Cholera in southern India
Disease focus: Cholera
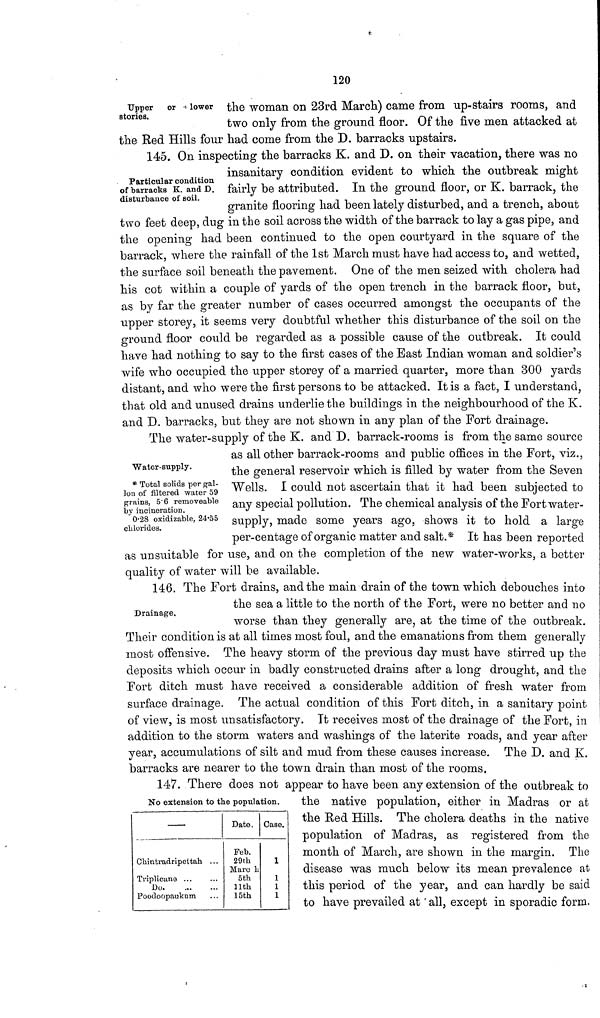
120
Upper
or lower
stories.
the woman on 23rd March) came from up-stairs rooms, and
two only from the ground floor. Of the five men attacked at
the Red Hills four had come from the D. barracks upstairs.
Particular condition
of barracks K. and D.
disturbance of soil.
145. On inspecting the barracks K. and D. on their vacation, there was no
insanitary condition evident to which the outbreak might
fairly be attributed. In the ground floor, or K. barrack, the
granite flooring had been lately disturbed, and a trench, about
two feet deep, dug in the soil across the width of the barrack to lay a gas pipe, and
the opening had been continued to the open courtyard in the square of the
barrack, where the rainfall of the 1st March must have had access to, and wetted,
the surface soil beneath the pavement. One of the men seized with cholera had
his cot within a couple of yards of the open trench in the barrack floor, but,
as by far the greater number of cases occurred amongst the occupants of the
upper storey, it seems very doubtful whether this disturbance of the soil on the
ground floor could be regarded as a possible cause of the outbreak. It could
have had nothing to say to the first cases of the East Indian woman and soldier's
wife who occupied the upper storey of a married quarter, more than 300 yards
distant, and who were the first persons to be attacked. It is a fact, I understand,
that old and unused drains underlie the buildings in the neighbourhood of the K.
and D. barracks, but they are not shown in any plan of the Fort drainage.
Water-supply.
* Total solids per gal-
lon of filtered water 59
grains, 5·6 removeable
by incineration.
0·28 oxidizable, 24·55
chlorides.
The water-supply of the K. and D. barrack-rooms is from the same source
as all other barrack-rooms and public offices in the Fort, viz.,
the general reservoir which is filled by water from the Seven
Wells. I could not ascertain that it had been subjected to
any special pollution. The chemical analysis of the Fort water-
supply, made some years ago, shows it to hold a large
per-centage of organic matter and salt.* It has been reported
as unsuitable for use, and on the completion of the new water-works, a better
quality of water will be available.
Drainage,
146. The Fort drains, and the main drain of the town which debouches into
the sea a little to the north of the Fort, were no better and no
worse than they generally are, at the time of the outbreak.
Their condition is at all times most foul, and the emanations from them generally
most offensive. The heavy storm of the previous day must have stirred up the
deposits which occur in badly constructed drains after a long drought, and the
Fort ditch must have received a considerable addition of fresh water from
surface drainage. The actual condition of this Fort ditch, in a sanitary point
of view, is most unsatisfactory. It receives most of the drainage of the Fort, in
addition to the storm waters and washings of the laterite roads, and year after
year, accumulations of silt and mud from these causes increase. The D. and K.
barracks are nearer to the town drain than most of the rooms.
No extension to the population.
—
Chintradripettah
Triplicane ...
Do.
Poodoopaukum
...
...
...
...
Date.
Feb.
29th
Marc h
5th
11th
15th
Case.
1
1
1
1
147. There does not appear to have been any extension of the outbreak to
the native population, either in Madras or at
the Red Hills. The cholera deaths in the native
population of Madras, as registered from the
month of March, are shown in the margin. The
disease was much below its mean prevalence at
this period of the year, and can hardly be said
to have prevailed at ' all, except in sporadic form.